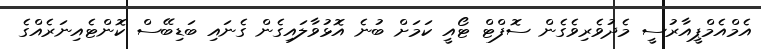
އެމްއެމްޕީއާރުސީ މެދުވެރިވެގެން ސޮފްޓް ޓޯއީ ކަމަށް ބުނެ އޮޅުވާލައިގެން ގެނައި ބަޑިބޭސް ކޮންޓެއިނަރެއްގެ